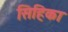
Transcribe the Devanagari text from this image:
सिहिका